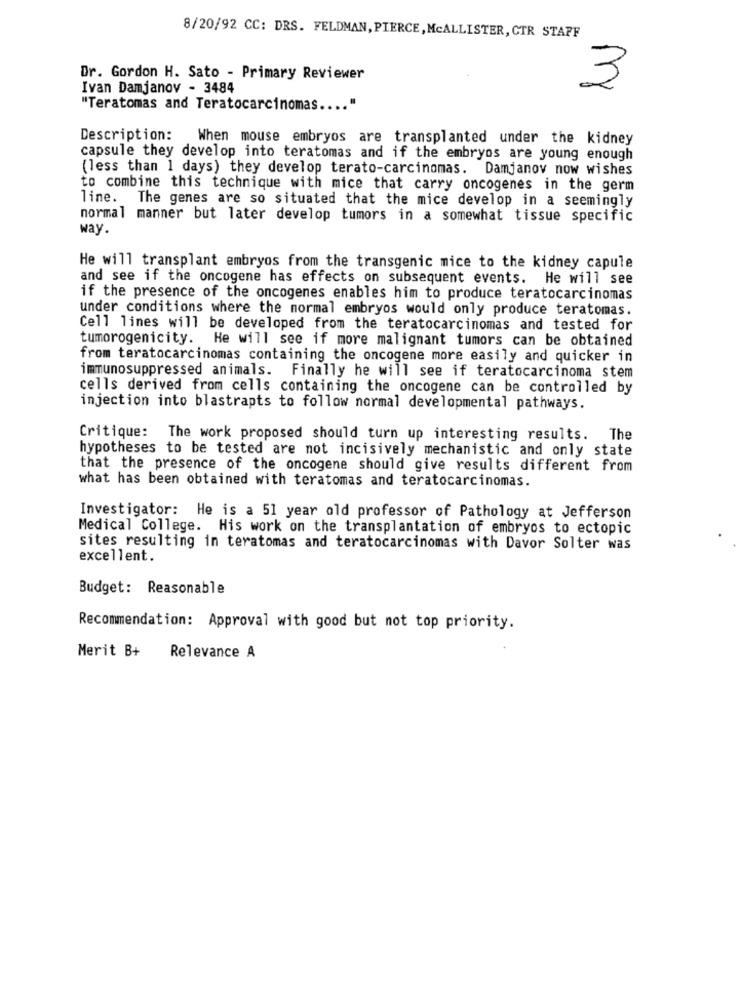
8/20/92 CC: DRS. FELDMAN, PIERCE, McALLISTER, CTR STAFF
Dr. Gordon H. Sato - Primary Reviewer
Ivan Damjanov - 3484
3
"Teratomas and Teratocarcinomas .... "
Description: When mouse embryos are transplanted under the kidney
capsule they develop into teratomas and if the embryos are young enough
(less than 1 days) they develop terato-carcinomas. Damjanov now wishes
to combine this technique with mice that carry oncogenes in the germ
line. The genes are so situated that the mice develop in a seemingly
normal manner but later develop tumors in a somewhat tissue specific
way.
He will transplant embryos from the transgenic mice to the kidney capule
and see if the oncogene has effects on subsequent events. He will see
if the presence of the oncogenes enables him to produce teratocarcinomas
under conditions where the normal embryos would only produce teratomas.
Cell lines will be developed from the teratocarcinomas and tested for
tumorogenicity. He will see if more malignant tumors can be obtained
from teratocarcinomas containing the oncogene more easily and quicker in
immunosuppressed animals. Finally he will see if teratocarcinoma stem
cells derived from cells containing the oncogene can be controlled by
injection into blastrapts to follow normal developmental pathways.
Critique: The work proposed should turn up interesting results. The
hypotheses to be tested are not incisively mechanistic and only state
that the presence of the oncogene should give results different from
what has been obtained with teratomas and teratocarcinomas.
Investigator: He is a 51 year old professor of Pathology at Jefferson
Medical College. His work on the transplantation of embryos to ectopic
sites resulting in teratomas and teratocarcinomas with Davor Solter was
excellent.
Budget: Reasonable
Recommendation: Approval with good but not top priority.
Merit B+ Relevance A